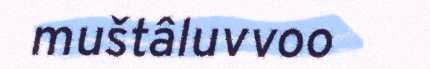
muštâluvvoo